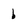
Character: b